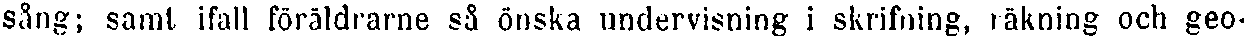
sång; samt ifall föräldrarne så önska undervisning i skrifning, räkning och geo-